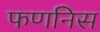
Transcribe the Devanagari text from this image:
फणनिस